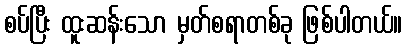
စပ်ပြီး ထူးဆန်းသော မှတ်စရာတစ်ခု ဖြစ်ပါတယ်။